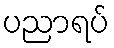
ပညာရပ်